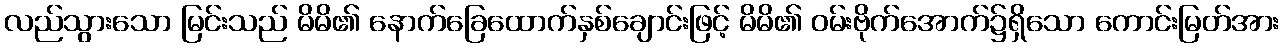
လည်သွားသော မြင်းသည် မိမိ၏ နောက်ခြေထောက်နှစ်ချောင်းဖြင့် မိမိ၏ ဝမ်းဗိုက်အောက်၌ရှိသော ကောင်းမြတ်အား